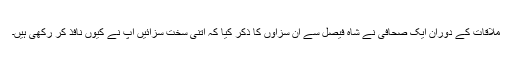
ملاقات کے دوران ایک صحافی نے شاہ فیصل سے ان سزاوں کا ذکر کیا کہ اتنی سخت سزائیں آپ نے کیوں نافذ کر رکھی ہیں۔